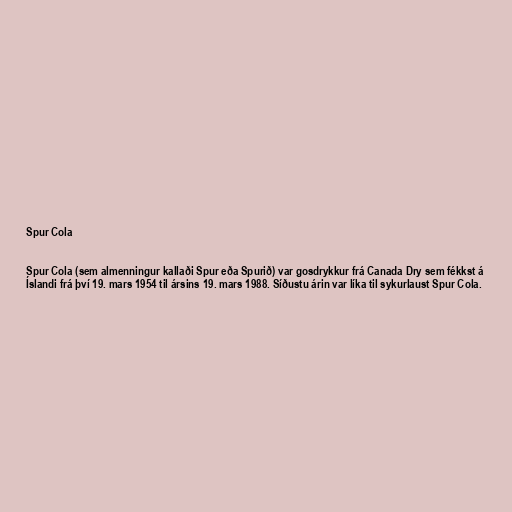
Spur Cola

Spur Cola (sem almenningur kallaði Spur eða Spurið) var gosdrykkur frá Canada Dry sem fékkst á
Íslandi frá því 19. mars 1954 til ársins 19. mars 1988. Síðustu árin var líka til sykurlaust Spur Cola.